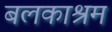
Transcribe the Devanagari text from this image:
बलकाश्रम